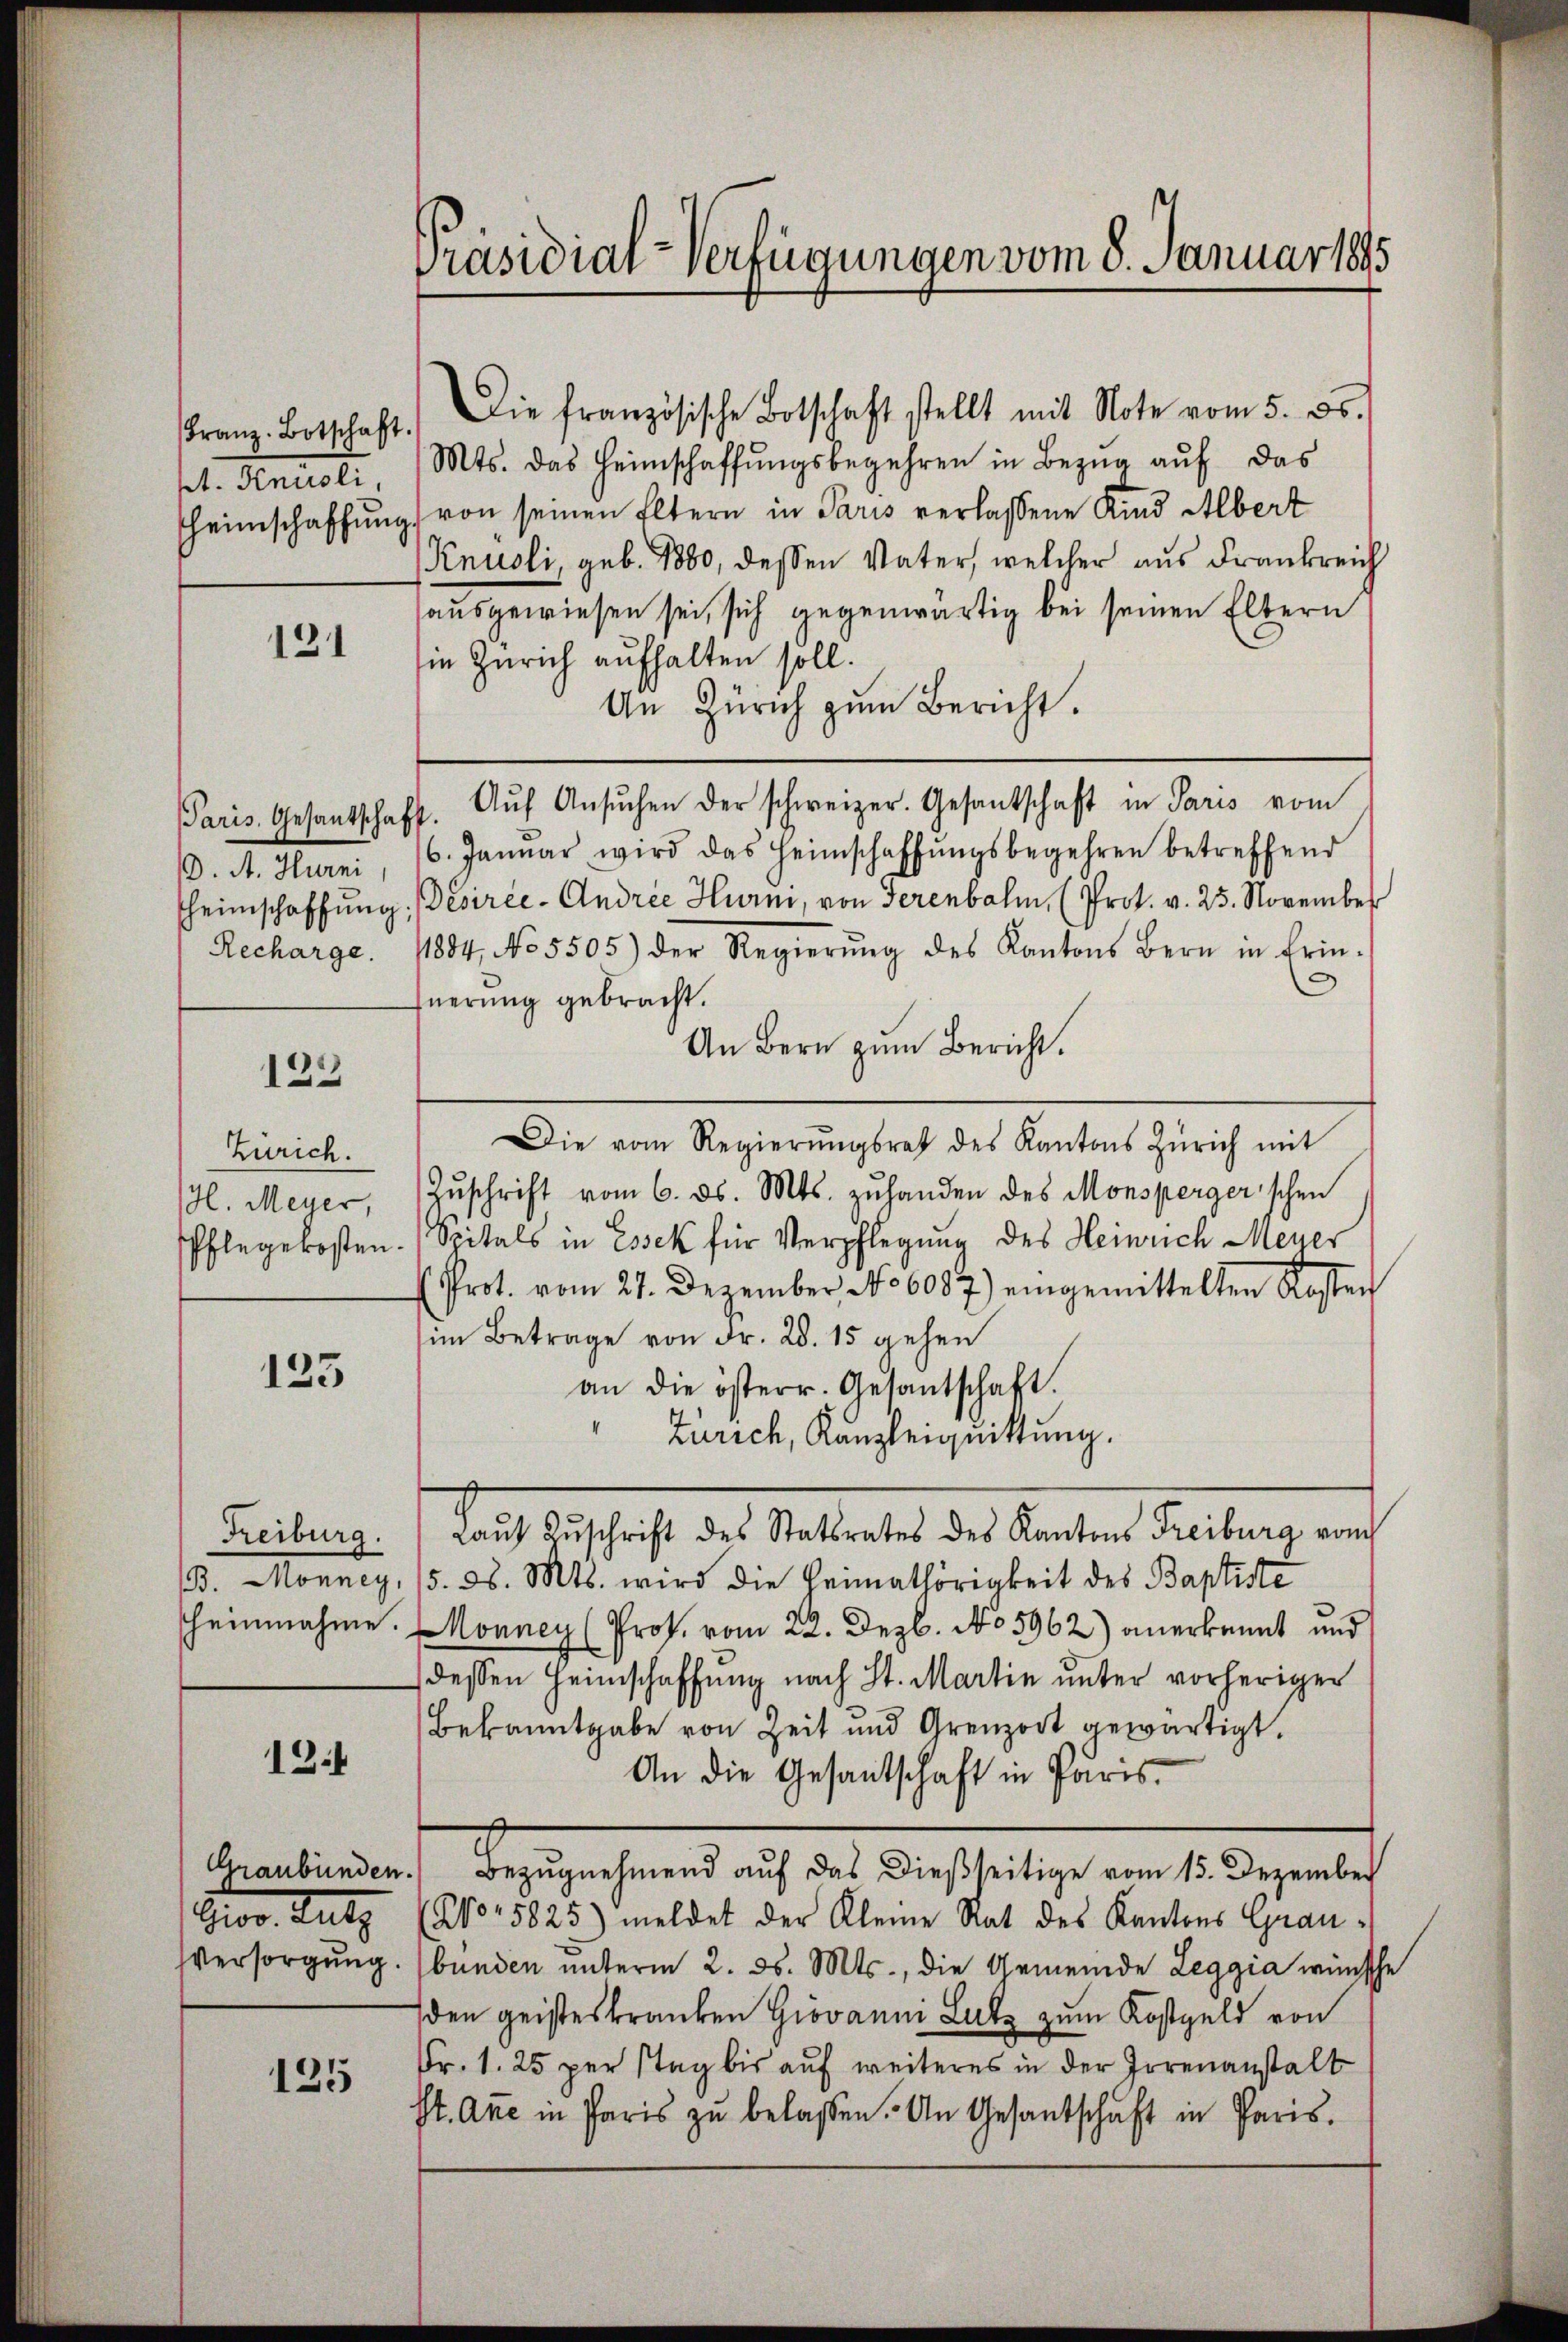
pt. Knüsli,

121

Paris. Gesantschaft.
. A. Hurni,
Recharge.

122

Zürich.
H. Meyer,

125

Freiburg.

13

Gior. Lutz

125

Präsidial-Verfügungen vom 8. Januar 1895

Franz Botschaft. Die französische Botschaft stellt mit Note vom 5. ds.
Mts. das Heimschaffŭngsbegehren in Bezŭg aŭf das
heimschaffung von seinen Eltern in Paris verlassene Kind Albert
Knüsli, geb. 1880, dessen Vater, welcher aus Frankreich
ausgewiesen sei, sich gegenwärtig bei seinen Eltern
in Zürich aufhalten soll.
An Zürich zum Bericht.
Aŭf Ansŭchen der schweizer. Gesandschaft in Paris vom
6. Januar wird das Heimschaffŭngsbegehren betreffend
heimschaffung. Desirée - Andree Hurni, von Serenbalm, (Prot. v. 25. November
1884, No 5505) der Regierŭng des Kantons Bern in Erin-
nerung gebracht.
An Bern zum Bericht.
Die vom Regierŭngsrath des Kantons Zürich mit
Zŭschrift vom 6. ds. Mts. zuhanden des Monspergerschen
Pflegekosten. Spitals in Essek für Verpflegung des Heinrich Meyer
Prot. vom 21. Dezember No 6087) eingemittelten Kosten
im Betrage von Fr. 28. 15 gehen
an die österr. Gesantschaft.
Zürich, Kanzleiquittung.
fach Beschaft der Statierte die Karten Kalten, und
B. Monney, 15. d. Mts. wird die Heimathörigkeit des Baptiste
scheinnahme. Monney (Prof. vom 22. Dezb. No 5962) anerkannt und
) dessen Heimschaffung nach St. Martin unter vorheriger
Bekanntgabe von Zeit und Grenzort gewärtigt.
An die Gesantschaft in Paris
Graubünden. Bezugnehmend auf das dießseitige vom 15. Dezember
(No. 5825) meldet der Kleine Rat des Kantons Grau¬
Vversorgŭng. (bunden unterm 2. ds. Mts., die Gemeinde Leggia wünsche
den geisteskranken Giovanni Lutz zum Kostgeld von
Fr. 1. 25 per stag bis auf weiteres in der Irrenanstalt
st. Anne in Paris zŭ belassen. An Gesantschaft in Paris.